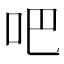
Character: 吧